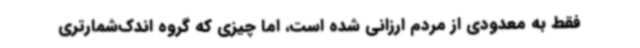
فقط به معدودی از مردم ارزانی شده است، اما چیزی که گروه اندک‌شمارتری